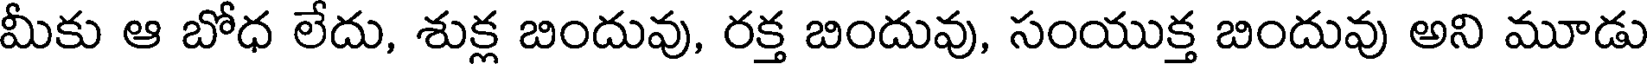
మీకు ఆ బోధ లేదు, శుక్ల బిందువు, రక్త బిందువు, సంయుక్త బిందువు అని మూడు